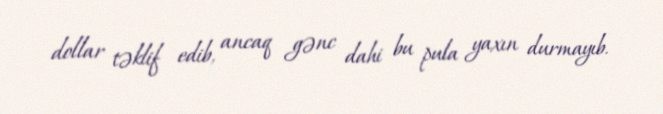
dollar təklif edib, ancaq gənc dahi bu pula yaxın durmayıb.